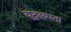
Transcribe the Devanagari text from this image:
युद्धक्षमता